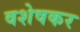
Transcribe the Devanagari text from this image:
वशेषकर